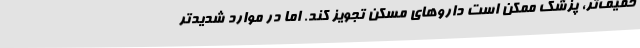
خفیف‌تر، پزشک ممکن است دارو‌های مسکن تجویز کند. اما در موارد شدیدتر